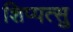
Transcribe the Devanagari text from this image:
शिप्पत्सु